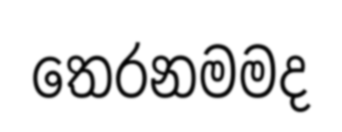
තෙරනමමද